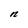
Character: n